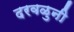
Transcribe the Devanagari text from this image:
दरवळुनी